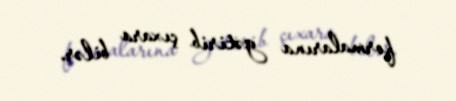
formalarına gətirib çıxara bilər.